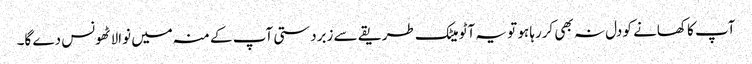
آپ کا کھانے کو دل نہ بھی کررہا ہو تو یہ آٹو میٹک طریقے سے زبردستی آپ کے منہ میں نوالا ٹھونس دے گا۔